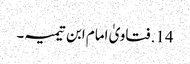
14. فتاویٰ امام ابن تیمیہ۔